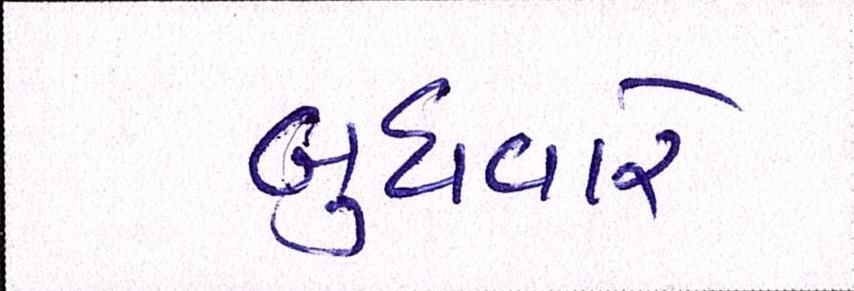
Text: બુધવારે